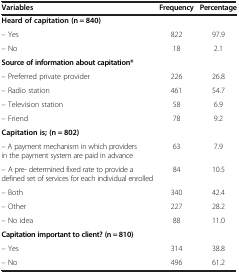
| Variables | Frequency | Percentage |
 | --- | --- | --- |
 | Heard of capitation (n = 840) |  |  |
 | – Yes | 822 | 97.9 |
 | – No | 18 | 2.1 |
 | Source of information about capitation* |  |  |
 | – Preferred private provider | 226 | 26.8 |
 | – Radio station | 461 | 54.7 |
 | – Television station | 58 | 6.9 |
 | – Friend | 78 | 9.2 |
 | Capitation is; (n = 802) |  |  |
 | – A payment mechanism in which providers in the payment system are paid in advance | 63 | 7.9 |
 | – A pre- determined fixed rate to provide a defined set of services for each individual enrolled | 84 | 10.5 |
 | – Both | 340 | 42.4 |
 | – Other | 227 | 28.2 |
 | – No idea | 88 | 11.0 |
 | Capitation important to client? (n = 810) |  |  |
 | – Yes | 314 | 38.8 |
 | – No | 496 | 61.2 |